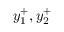
y _ { 1 } ^ { + } , y _ { 2 } ^ { + }